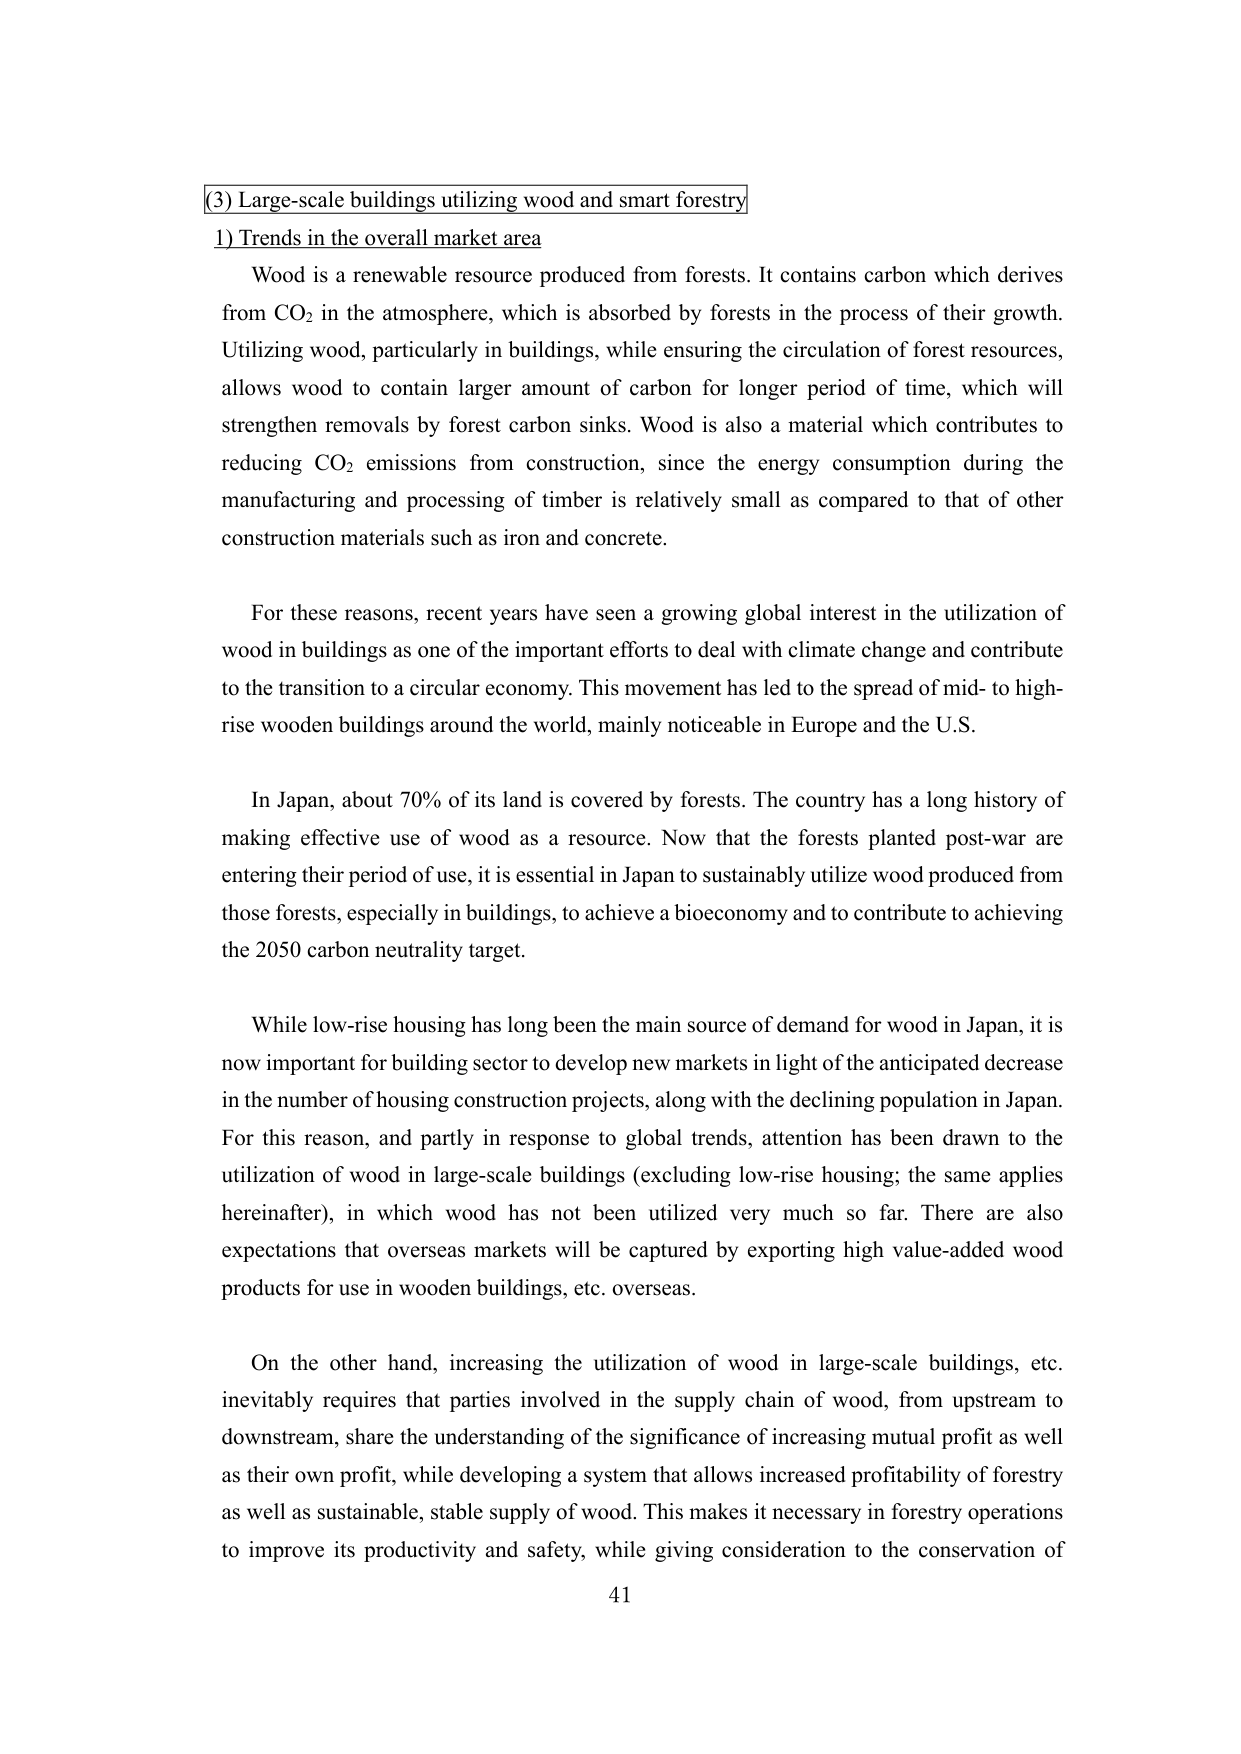
(3) Large-scale buildings utilizing wood and smart forestry
1) Trends in the overall market area

Wood is a renewable resource produced from forests. It contains carbon which derives from CO₂ in the atmosphere, which is absorbed by forests in the process of their growth. Utilizing wood, particularly in buildings, while ensuring the circulation of forest resources, allows wood to contain larger amount of carbon for longer period of time, which will strengthen removals by forest carbon sinks. Wood is also a material which contributes to reducing CO₂ emissions from construction, since the energy consumption during the manufacturing and processing of timber is relatively small as compared to that of other construction materials such as iron and concrete.

For these reasons, recent years have seen a growing global interest in the utilization of wood in buildings as one of the important efforts to deal with climate change and contribute to the transition to a circular economy. This movement has led to the spread of mid- to high-rise wooden buildings around the world, mainly noticeable in Europe and the U.S.

In Japan, about 70% of its land is covered by forests. The country has a long history of making effective use of wood as a resource. Now that the forests planted post-war are entering their period of use, it is essential in Japan to sustainably utilize wood produced from those forests, especially in buildings, to achieve a bioeconomy and to contribute to achieving the 2050 carbon neutrality target.

While low-rise housing has long been the main source of demand for wood in Japan, it is now important for building sector to develop new markets in light of the anticipated decrease in the number of housing construction projects, along with the declining population in Japan. For this reason, and partly in response to global trends, attention has been drawn to the utilization of wood in large-scale buildings (excluding low-rise housing; the same applies hereinafter), in which wood has not been utilized very much so far. There are also expectations that overseas markets will be captured by exporting high value-added wood products for use in wooden buildings, etc. overseas.

On the other hand, increasing the utilization of wood in large-scale buildings, etc. inevitably requires that parties involved in the supply chain of wood, from upstream to downstream, share the understanding of the significance of increasing mutual profit as well as their own profit, while developing a system that allows increased profitability of forestry as well as sustainable, stable supply of wood. This makes it necessary in forestry operations to improve its productivity and safety, while giving consideration to the conservation of

41